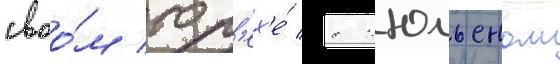
своо́м гр'ех'е́ с жюльеном